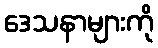
ဒေသနာများကို